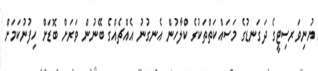
ޔުނިވަރސިޓީގެ ދަގަނޑުގެ މަސައްކަތްތަކުގެ ކްލާހުން އެނގުނު އެއްޗެއްގެ ބޭނުން ވަރަށް ބޮޑަށް ހިފުނުކަމަށް